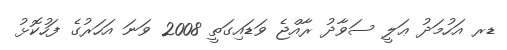
ޑރ އަހުމަދު ޢަލީ ސަވާދު ރާއްޖެ ވަޑައިގަތީ 2008 ވަނަ އަހަރުގެ ފަހުކޮޅު